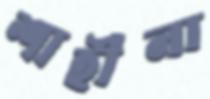
শাহীনা